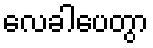
လေခါပေတွာ